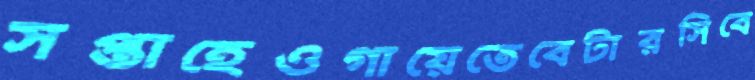
সপ্তাহেওগায়েতেবেটারসিবে